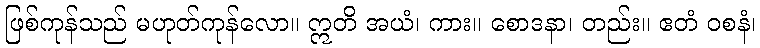
ဖြစ်ကုန်သည် မဟုတ်ကုန်လော။ ဣတိ အယံ၊ ကား။ စောဒနာ၊ တည်း။ ဧတံ ဝစနံ၊